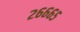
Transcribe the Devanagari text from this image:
२६६६५